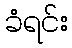
ခံရင်း